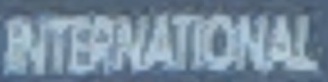
INTERNATIONAL